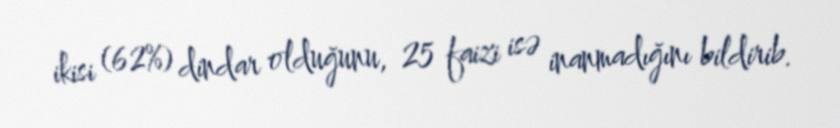
ikisi (62%) dindar olduğunu, 25 faizi isə inanmadığını bildirib.